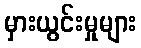
မှားယွင်းမှုများ